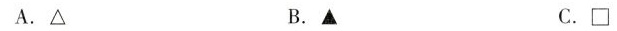
A.Δ B。 C。